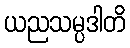
ယညသမ္ပဒါတိ